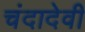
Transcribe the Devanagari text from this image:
चंदादेवी